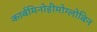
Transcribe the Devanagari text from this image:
कार्बमिनोहीमोग्लोबिन